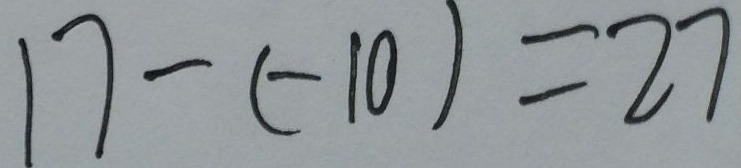
1 7 - ( - 1 0 ) = 2 7